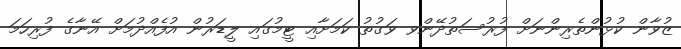
ޒުވާން ކުޅުންތެރިންނަށް ފުރުސަތުދޭންވ ވަގުތު ކަމަށާއި ޓީމުގައި ލީޑަރުން އުފެއްދުމަށް އޭނާގެ ފުރިހަމަ